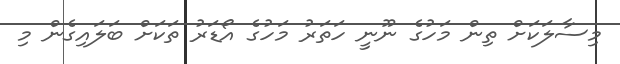
މިސާލަކަށް ތިން މަހުގެ ނޫނީ ހަތަރު މަހުގެ އޯޑަރު ތަކަށް ބަލައިގެން މި